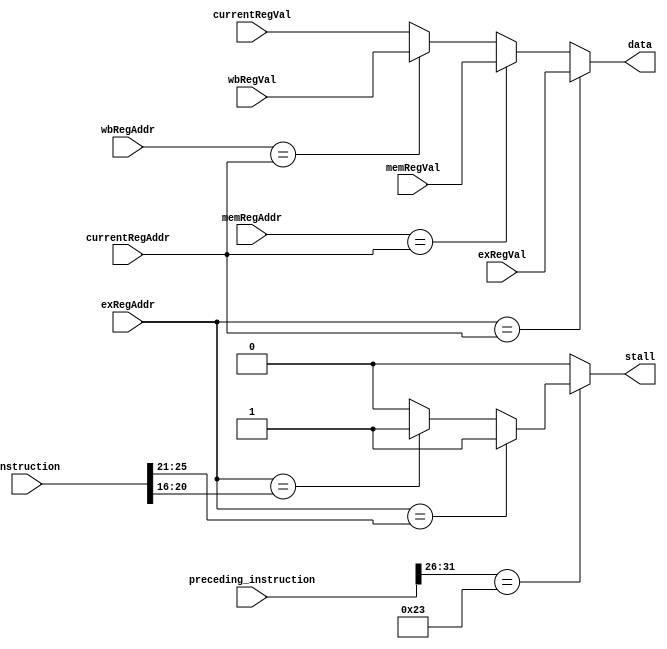
module jumpReg_forward(

	input [31:0] currentRegVal,
	input [4:0] currentRegAddr,
	input [31:0] exRegVal,
	input [4:0] exRegAddr,
	input [31:0] memRegVal,
	input [4:0] memRegAddr,
	input [31:0] wbRegVal,
	input [4:0] wbRegAddr,
	input [31:0] instruction,
	input [31:0] preceding_instruction,
	
	output reg [31:0] data,
	output reg stall

);

	wire [5:0] opcode;
	assign opcode = instruction[31:26];
	
	wire[4:0] rs;
	assign rs = instruction[25:21];
	
	wire[4:0] rt;
	assign rt = instruction[20:16];
	
	wire [5:0] pre_opcode;
	assign pre_opcode = preceding_instruction[31:26];

initial begin
	stall = 0;
end

always begin
	stall = 0;
	if (exRegAddr == currentRegAddr) begin //if previous instruction modified register, use that value
	
		data = exRegVal;
	end
	else if (memRegAddr == currentRegAddr) begin //if instruction previous to above modified register, use that value
	
		data = memRegVal;
	end
	//This resolves a timing issue for I-Type instructions - may not be neccassary, but I am unable to get any other solution working
	else if (wbRegAddr == currentRegAddr) begin //if instruction previous to above modified register, use that value
		data = wbRegVal;
	end
	else begin //if none of the pipelined instructions modified the value use the current one
	
		data = currentRegVal;
	end
	
	
	//Check to make sure we dont need to stall instead of forward
	if (pre_opcode == 35) begin //if last instruction we executed was a LW
		if(exRegAddr == rs) begin //Is rs the same register as what we just loaded a word into?
			stall = 1;
		end
		else if (exRegAddr == rt) begin //Is rs the same register as what we just loaded a word into?
			stall = 1;
		end
		else begin //No register match, no need to stall
			stall = 0;
		end
	end
	
end

endmodule